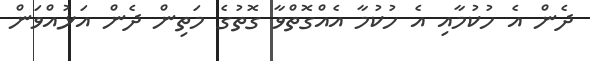
ދެން އެ ހުކުމާއި އެ ހުކުމާ އެއްގޮތްވާ ގޮތުގެ މަތިން ދެން އަޅުއްވަން